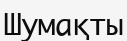
Шумақты